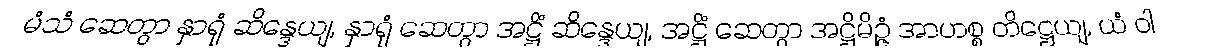
မံသံ ဆေတွာ နှာရုံ ဆိန္ဒေယျ, နှာရုံ ဆေတွာ အဋ္ဌိံ ဆိန္ဒေယျ, အဋ္ဌိံ ဆေတွာ အဋ္ဌိမိဉ္ဇံ အာဟစ္စ တိဋ္ဌေယျ, ယံ ဝါ